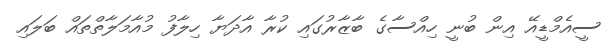
ސީއެމްޑީއޭ އިން ބުނީ ހިއްސާގެ ބާޒާރުގައި ކުރާ އާދަޔާ ހިލާފު މުއާމަލާތްތައް ބަލައި